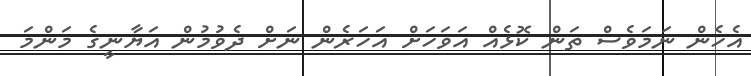
އެހެން ނަމަވެސް ތަން ކޮޅެއް އަވަހަށް އަހަރެން ނަށް ދެވުމުން އަޔާނީގެ މަންމަ